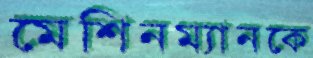
মেশিনম্যানকে